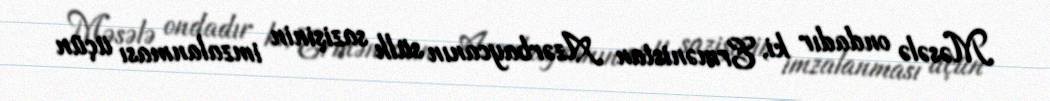
Məsələ ondadır ki, Ermənistan Azərbaycanın sülh sazişinin imzalanması üçün